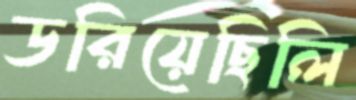
ডরিয়েছিলি